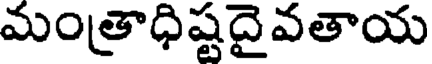
మంత్రాధిష్టదైవతాయ